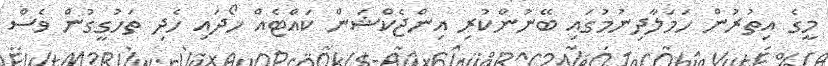
މީގެ އިތުރުން ހަމަލާދިނުމުގައި ބޭނުންކުރި އިންޖެކްޝަން ކައްޓެއް ހޯދައި ހެދި ތަހުގީގުން ވެސް